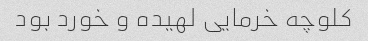
کلوچه خرمایی لهیده و خورد بود